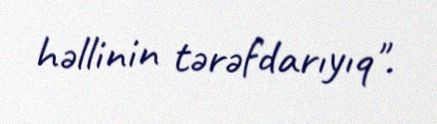
həllinin tərəfdarıyıq".